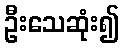
ဦးသေဆုံး၍